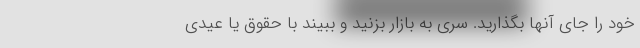
خود را جای آنها بگذارید. سری به بازار بزنید و ببیند با حقوق یا عیدی